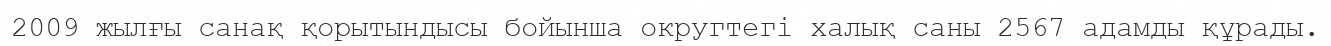
2009 жылғы санақ қорытындысы бойынша округтегі халық саны 2567 адамды құрады.